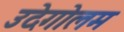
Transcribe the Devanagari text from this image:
उदेगोलम